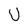
Character: U